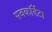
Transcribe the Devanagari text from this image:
सबकॉर्डेटा